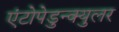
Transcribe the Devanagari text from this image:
एंटोपेडुन्क्युलर